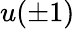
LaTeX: u(\pm 1)